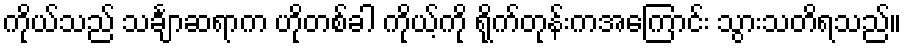
ကိုယ်သည် သင်္ချာဆရာက ဟိုတစ်ခါ ကိုယ့်ကို ရိုက်တုန်းကအကြောင်း သွားသတိရသည်။